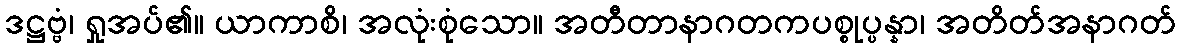
ဒဋ္ဌဗ္ဗံ၊ ရှုအပ်၏။ ယာကာစိ၊ အလုံးစုံသော။ အတီတာနာဂတကပစ္စုပ္ပန္နာ၊ အတိတ်အနာဂတ်